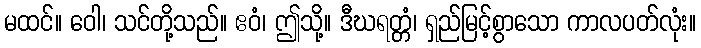
မထင်။ ဝေါ၊ သင်တို့သည်။ ဧဝံ၊ ဤသို့။ ဒီဃရတ္တံ၊ ရှည်မြင့်စွာသော ကာလပတ်လုံး။